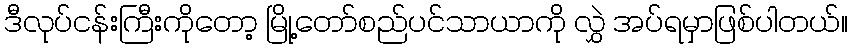
ဒီလုပ်ငန်းကြီးကိုတော့ မြို့တော်စည်ပင်သာယာကို လွှဲ အပ်ရမှာဖြစ်ပါတယ်။